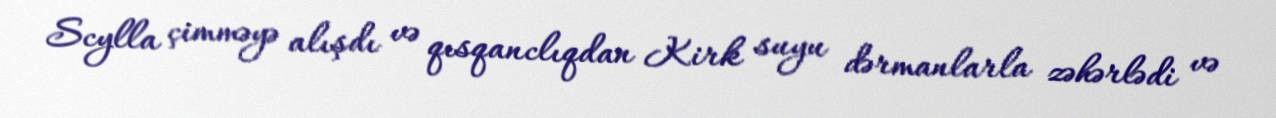
Scylla çimməyə alışdı və qısqanclıqdan Kirk suyu dərmanlarla zəhərlədi və